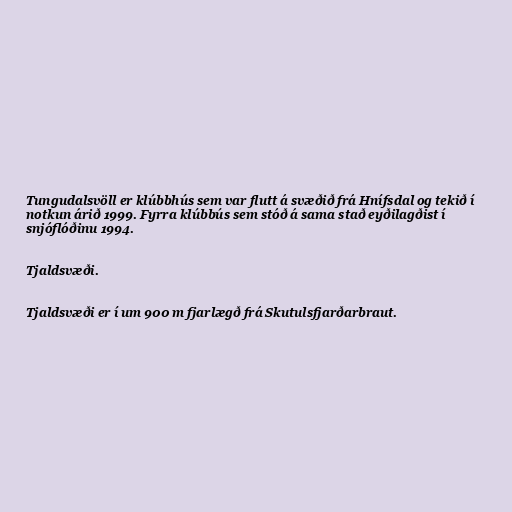
Tungudalsvöll er klúbbhús sem var flutt á svæðið frá Hnífsdal og tekið í
notkun árið 1999. Fyrra klúbbús sem stóð á sama stað eyðilagðist í
snjóflóðinu 1994.

Tjaldsvæði.

Tjaldsvæði er í um 900 m fjarlægð frá Skutulsfjarðarbraut.